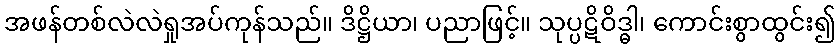
အဖန်တစ်လဲလဲရှုအပ်ကုန်သည်။ ဒိဋ္ဌိယာ၊ ပညာဖြင့်။ သုပ္ပဋိဝိဒ္ဓါ၊ ကောင်းစွာထွင်း၍